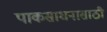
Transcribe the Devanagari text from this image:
पाकसाधनासाठी